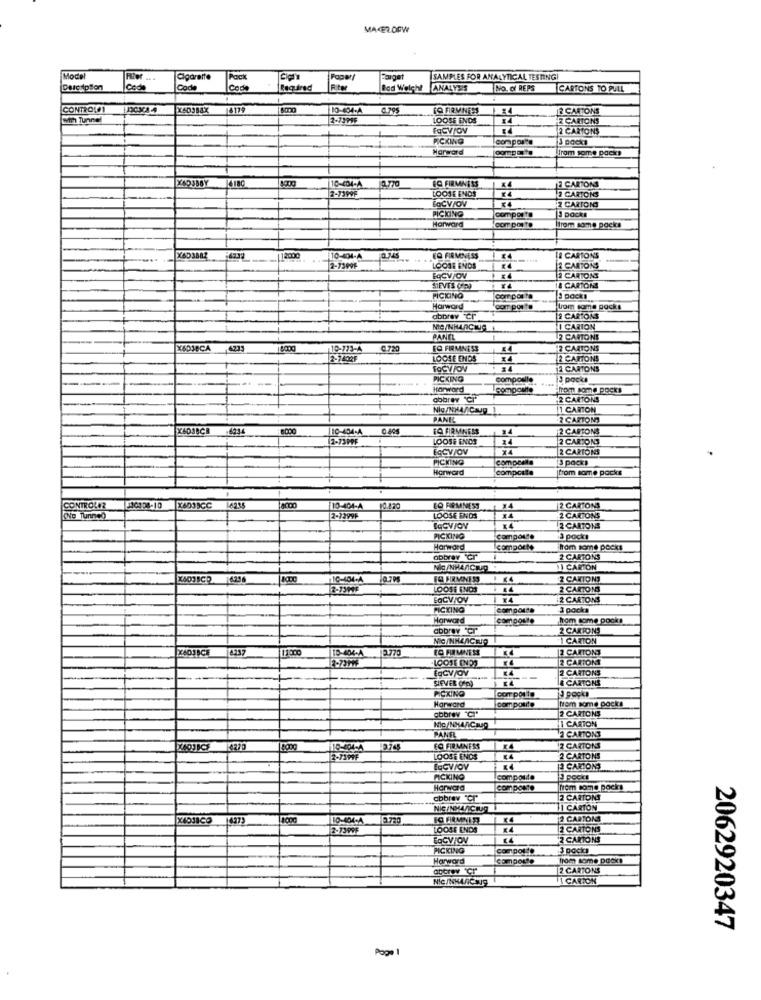
MACRODW
Model
Filer .. .
Cigarette
Pack
Farget
SAMPLES FOR ANALYTICAL TESTINGI
Description
Cod
Cod
Code
Required
Bod Welch! ANALYSIS
NO. Of REPS
CARTONS TO PULL
CONTROLES
4179
10-404-4
[Q FIRMNESS
2 CARTONS
with Tunnel
2-7195F
LOOSE ENDS
CARTONS
FaCVIOV
2 CARTONS
PICKING
3 Backs
Harward
From some packs
4180
10-404-A
1776
EQ FIRMNESS
2 CARTONS
2-73999
LOOSE ENDS
2 CARTONS
BOCV/OV
2 CARTONS
PICKING
packs
comporte
Harward
Com ponto
trom same packs
X6D3882
12000
10-404-A
EQ FIRMNESS
€4
LE CARTONS
2-7399F
LOOSE ENDS
2 CARTONS
BOCV/OV
2 CARTONS
SIEVES (IE)
& CARTONS
PICICINO
composta
packi
Harward
com ports
rom some packs
abbrev Cr
2 CARTONS
I CARION
PANEL
2 CARTONS
X6DJBCA
4233
10-773-4
C.720
EO FIRMNESS
2 CARTONS
2-7402F
LOOSE ENDS
2 CARTONS
FOCVJOV
24
2 CARTONS
---
PICKING
compoelle
3 pocka
Harward
from some pocks
abbrev "Ci"
2 CARTONS
Nig/NHA/ Caup_1
1 CARTON
PANEL
2 CARTONI
.4934
6000
110-404-A
FC FIRMNESS
14
2 CARTONS
2-73PPF
LOOSE ENDS
34
2 CARTONI
ESCV/OV
X4
2 CARTONS
PICKING
composta
3 packs
Horward
compcalle
tom some packs
CONTROLEZ
J10108-10
X6039CC
4235
10-404-A
EQ FIRMNESS
2 CARTONS
(No Tunnco
2-13996
LOOSE ENDS
2 CARTONS
2 CARTONS
PICKING
campoune
Harward
comporte
hom some packs
abbrev "Cr']
2 CARTONS
11 CARTON
10-404-4
Z CAXTONS
12-7394F
LOOSE ENDS
2 CARTONS
LaCV/OV
1 x4
2 CARTONS
PICKING
compoun
3 packs
Harward
compout
hom some pocks
abbrev Cr
2 CARTONS
NIC/NHLACHIPI
1 CARTON
E 770
EO FIRMNESS
12 CARTONS
2 CARTONS
EqCV/OV
24
2 CARTONS
SIEVER (In)
& CARTONS
PICKING
com porto
Harward
composte
trom some packs
2 CARTONS
PANEL
MG/NMANCHO
HI CARTON
2 CARTONS
2.745
EO FIRMNESS
2 CARTONS
LOOSE ENDS
2 CARTONS
2 CARTONS
PICKING
compoMe
3 pecks
Harward
composto
from some pocks
cbbrav "Cr"
2 CARTONS
11 CARTON
14373
10-404-4
2.770
2 CARTONS
2-7399F
LOOSE ENDS
34
2 CARTONS
EoCV/OV
2 CARTONS
PICKING
pocks
Harward
Comporte
from some packs
2 CARTONS
NIC/NHARCIO
VI CARIOK
2062920347
Page 1